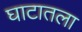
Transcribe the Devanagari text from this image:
घाटातला